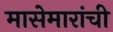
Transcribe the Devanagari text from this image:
मासेमारांची